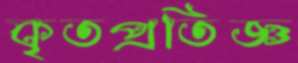
কৃতপ্রতিজ্ঞ